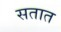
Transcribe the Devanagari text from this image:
सतात